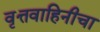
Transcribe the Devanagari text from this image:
वृत्तवाहिनीचा